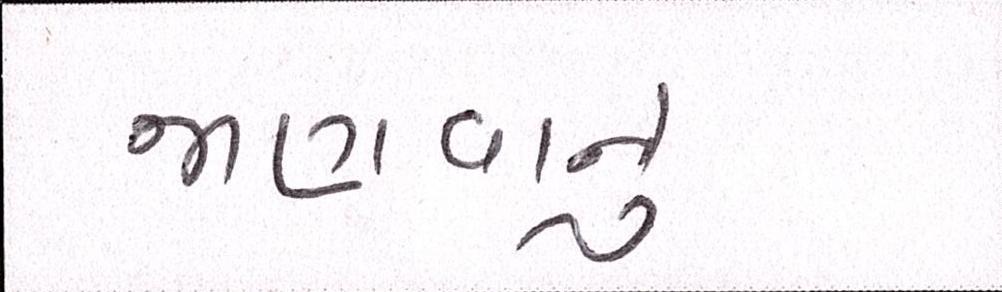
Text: જાણવાનું